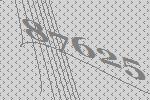
87625